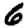
Digit: 6